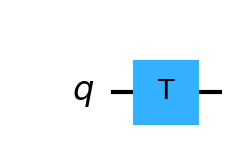
Description: T gate: π/4 phase rotation, key for fault-tolerant QC
描述: T门：π/4相位旋转，容错量子计算的关键
Category: gate_coverage (difficulty: basic)
Qubits: 1, circuit depth: 1

Braket implementation:
from braket.circuits import Circuit
circuit = Circuit().t(0)